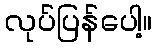
လုပ်ပြန်ပေါ့။